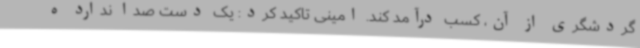
گردشگری از آن، کسب درآمد کند. امینی تاکید کرد: یک دست صدا ندارد ه